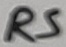
Text: RS